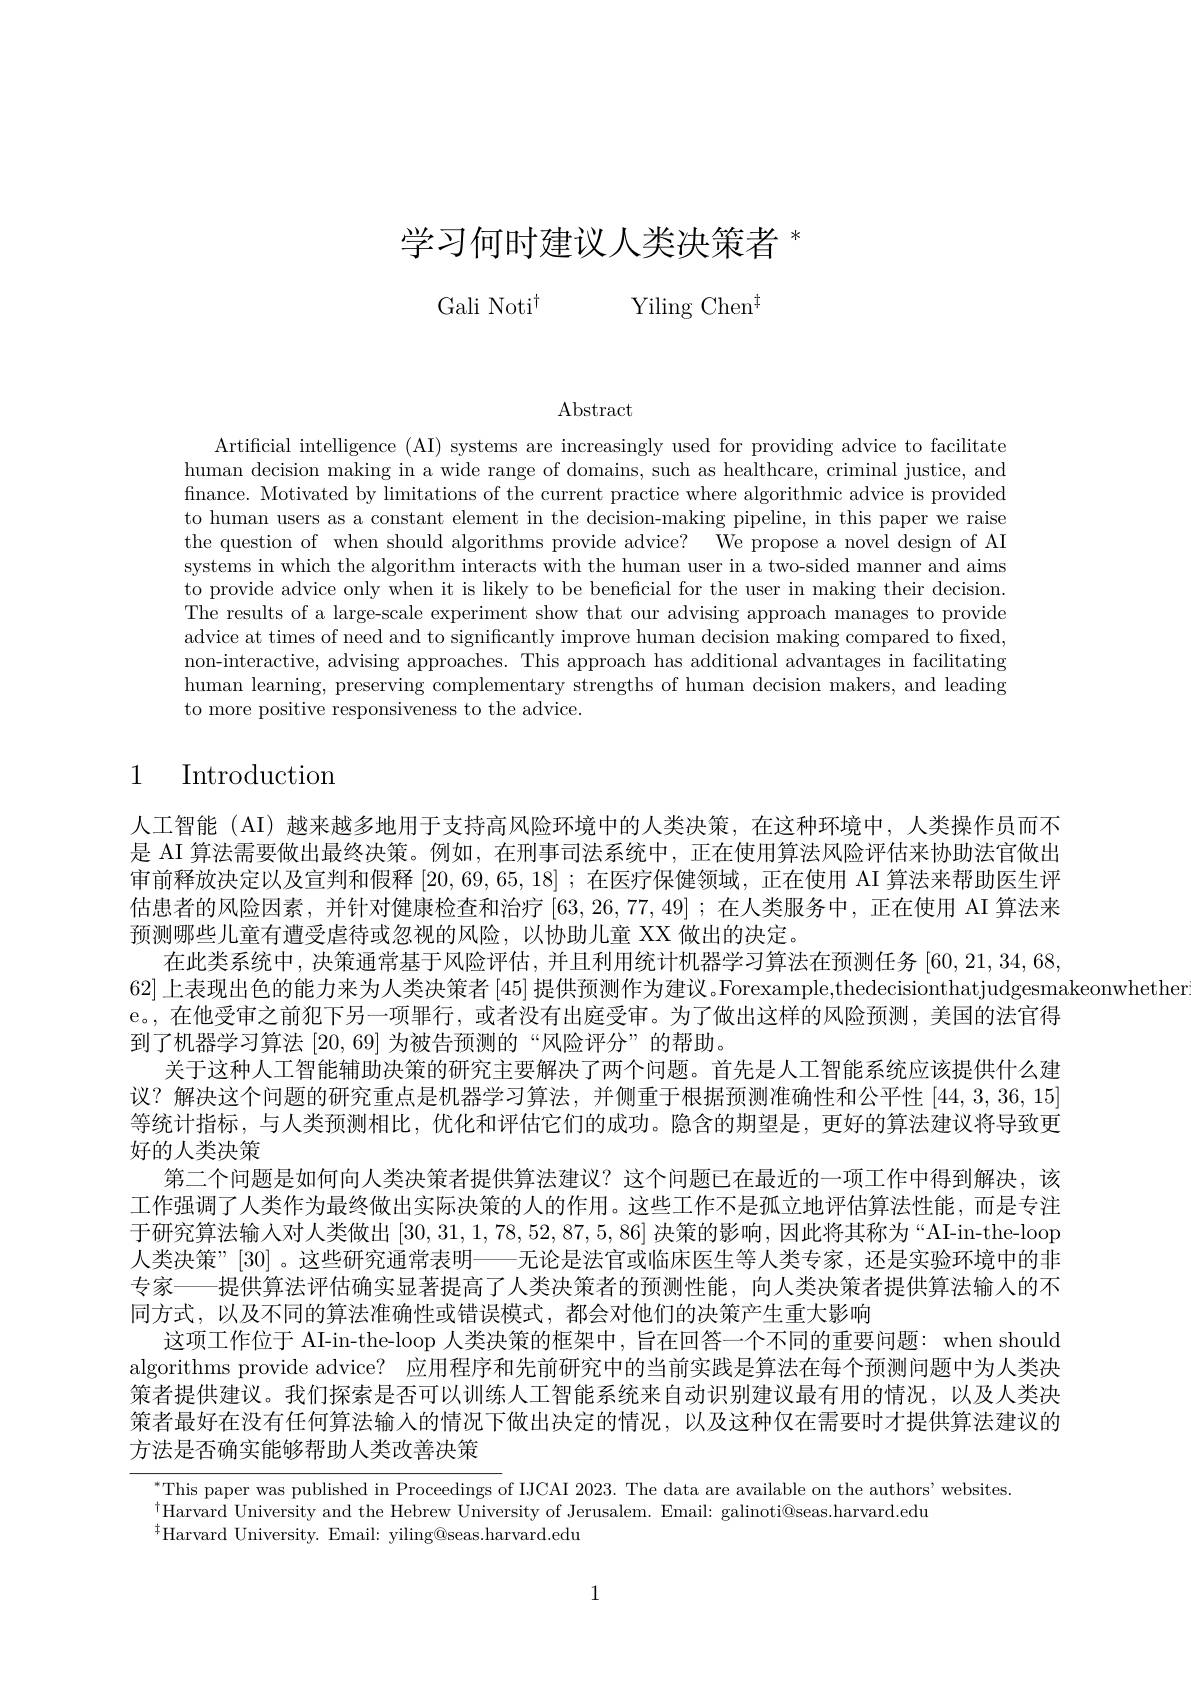
# 学习何时建议人类决策者$^*$

Gali Noti$^{\dagger}$
Yiling Chen$^{\ddagger}$

Abstract

Artificial intelligence (AI) systems are increasingly used for providing advice to facilitate human decision making in a wide range of domains, such as healthcare, criminal justice, and finance. Motivated by limitations of the current practice where algorithmic advice is provided to human users as a constant element in the decision-making pipeline, in this paper we raise the question of when should algorithms provide advice? We propose a novel design of AI systems in which the algorithm interacts with the human user in a two-sided manner and aims to provide advice only when it is likely to be beneficial for the user in making their decision. The results of a large-scale experiment show that our advising approach manages to provide advice at times of need and to significantly improve human decision making compared to fixed, non-interactive, advising approaches. This approach has additional advantages in facilitating human learning, preserving complementary strengths of human decision makers, and leading to more positive responsiveness to the advice.

## 1 Introduction

人工智能 (AI) 越来越多地用于支持高风险环境中的人类决策，在这种环境中，人类操作员而不是 AI 算法需要做出最终决策。例如，在刑事司法系统中，正在使用算法风险评估来协助法官做出审前释放决定以及宣判和假释|20,69,65,18| ;在医疗保健领域，正在使用 AI 算法来帮助医生评估患者的风险因素，并针对健康检查和治疗[63,26,77,49];在人类服务中，正在使用 AI 算法来预测哪些儿童有遭受虐待或忽视的风险，以协助儿童 XX 做出的决定。
在此类系统中，决策通常基于风险评估，并且利用统计机器学习算法在预测任务[60,21,34,68,
62] 上表现出色的能力来为人类决策者 [45] 提供预测作为建议。Forexample,thedecisionthatjudgesmakeonwhether
e。,在他受审之前犯下另一项罪行，或者没有出庭受审。为了做出这样的风险预测，美国的法官得
到了机器学习算法[20,69]为被告预测的“风险评分”的帮助。
关于这种人工智能辅助决策的研究主要解决了两个问题。首先是人工智能系统应该提供什么建议？解决这个问题的研究重点是机器学习算法，并侧重于根据预测准确性和公平性[44,3,36,15] 等统计指标，与人类预测相比，优化和评估它们的成功。隐含的期望是，更好的算法建议将导致更好的人类决策
第二个问题是如何向人类决策者提供算法建议？这个问题已在最近的一项工作中得到解决，该工作强调了人类作为最终做出实际决策的人的作用。这些工作不是孤立地评估算法性能，而是专注于研究算法输入对人类做出[30,31,1,78,52,87,5,86]决策的影响，因此将其称为“AI-in-the-loop 人类决策”[30] 。这些研究通常表明——无论是法官或临床医生等人类专家，还是实验环境中的非专家——提供算法评估确实显著提高了人类决策者的预测性能，向人类决策者提供算法输入的不同方式，以及不同的算法准确性或错误模式，都会对他们的决策产生重大影响
这项工作位于 AI-in-the-loop 人类决策的框架中 , 旨在回答一个不同的重要问题：when should algorithms provide advice? 应用程序和先前研究中的当前实践是算法在每个预测问题中为人类决策者提供建议。我们探索是否可以训练人工智能系统来自动识别建议最有用的情况，以及人类决策者最好在没有任何算法输入的情况下做出决定的情况，以及这种仅在需要时才提供算法建议的方法是否确实能够帮助人类改善决策

$^*$This paper was published in Proceedings of IJCAI 2023. The data are available on the authors' websites.
$^{\dagger}$Harvard University and the Hebrew University of Jerusalem. Email: galinoti@seas.harvard.edu
$^{\ddagger}$Harvard University. Email: yiling@seas.harvard.edu

1